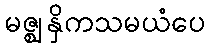
မဇ္ဈနှိကသမယံပေ